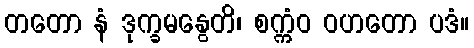
တတော နံ ဒုက္ခမနွေတိ၊ စက္ကံဝ ဝဟတော ပဒံ။